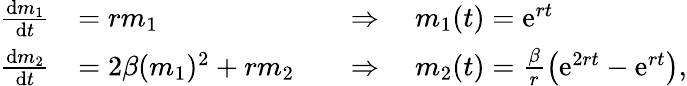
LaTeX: \begin{array}{rlrl}{\frac{{\mathrm{d}}m_{1}}{{\mathrm{d}}t}}&{=rm_{1}}&&{\Rightarrow\quad m_{1}(t)={\mathrm{e}}^{rt}}\\ {\frac{{\mathrm{d}}m_{2}}{{\mathrm{d}}t}}&{=2\beta(m_{1})^{2}+rm_{2}}&&{\Rightarrow\quad m_{2}(t)=\frac{\beta}{r}\left({\mathrm{e}}^{2rt}-{\mathrm{e}}^{rt}\right),}\end{array}